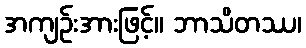
အကျဉ်းအားဖြင့်။ ဘာသိတဿ၊